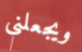
ويجعلني